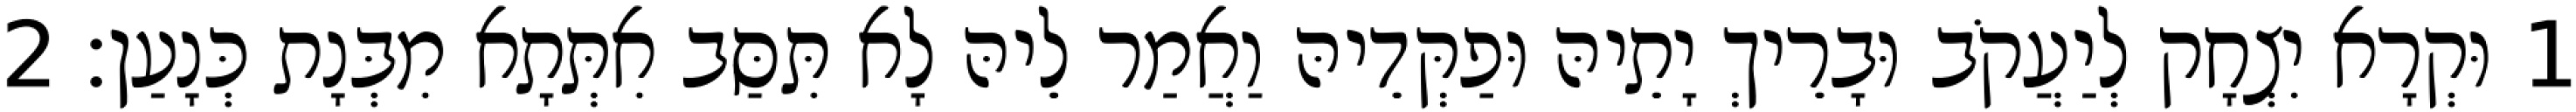
1 וּקְרָא יִצְחָק לְיַעֲקֹב וּבָרֵיךְ יָתֵיהּ וּפַקְּדֵיהּ וַאֲמַר לֵיהּ לָא תִּסַּב אִתְּתָא מִבְּנָת כְּנָעַן׃ 2